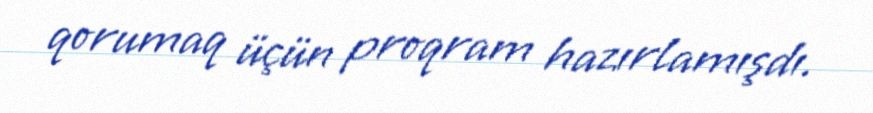
qorumaq üçün proqram hazırlamışdı.